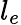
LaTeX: l_{e}